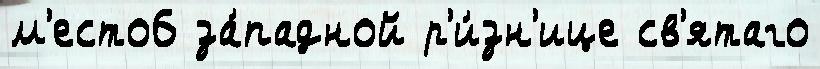
м'есто6 за́падной р'и́зн'ице св'ятаго